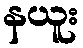
နယူး